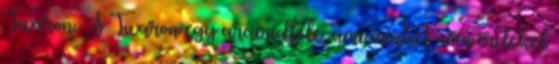
Twaron. A Twaron egy aramidféle, ami minket nem érdekel